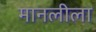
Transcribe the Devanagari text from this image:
मानलीला